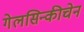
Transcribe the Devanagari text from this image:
गेलसिन्कीचेन